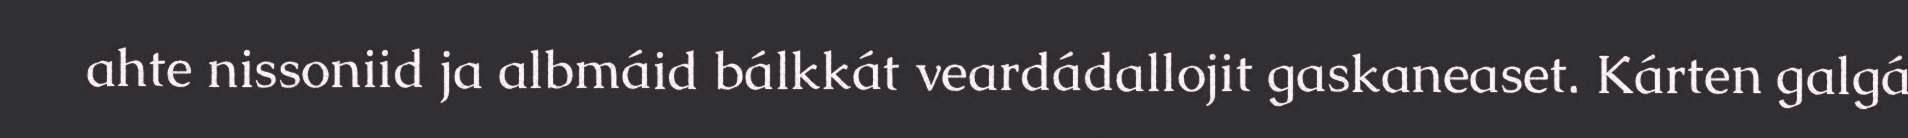
ahte nissoniid ja albmáid bálkkát veardádallojit gaskaneaset. Kárten galgá